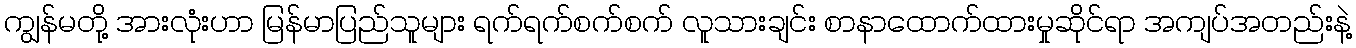
ကျွန်မတို့ အားလုံးဟာ မြန်မာပြည်သူများ ရက်ရက်စက်စက် လူသားချင်း စာနာထောက်ထားမှုဆိုင်ရာ အကျပ်အတည်းနဲ့